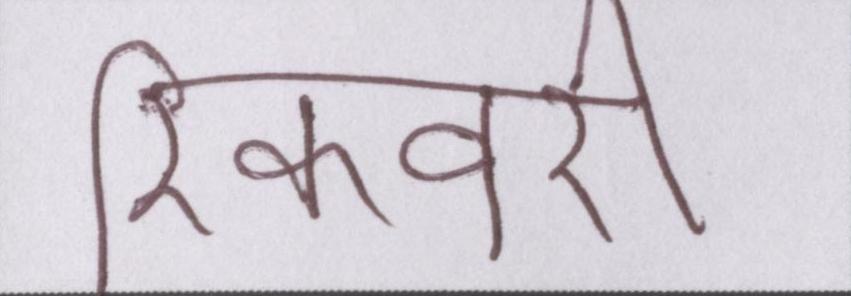
रिकवरी